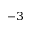
^ { - 3 }